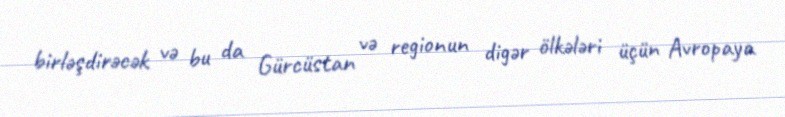
birləşdirəcək və bu da Gürcüstan və regionun digər ölkələri üçün Avropaya